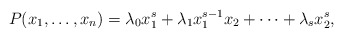
\begin{align*}P(x_1, \ldots, x_n)=\lambda_0 x_1^s+\lambda_1 x_1^{s-1}x_2+\cdots +\lambda_s x_2^s,\end{align*}